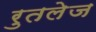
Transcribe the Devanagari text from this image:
रुतलेज